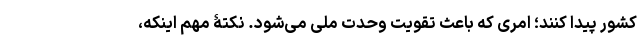
کشور پیدا کنند؛ امری که باعث تقویت وحدت ملی می‌شود. نکتۀ مهم اینکه،